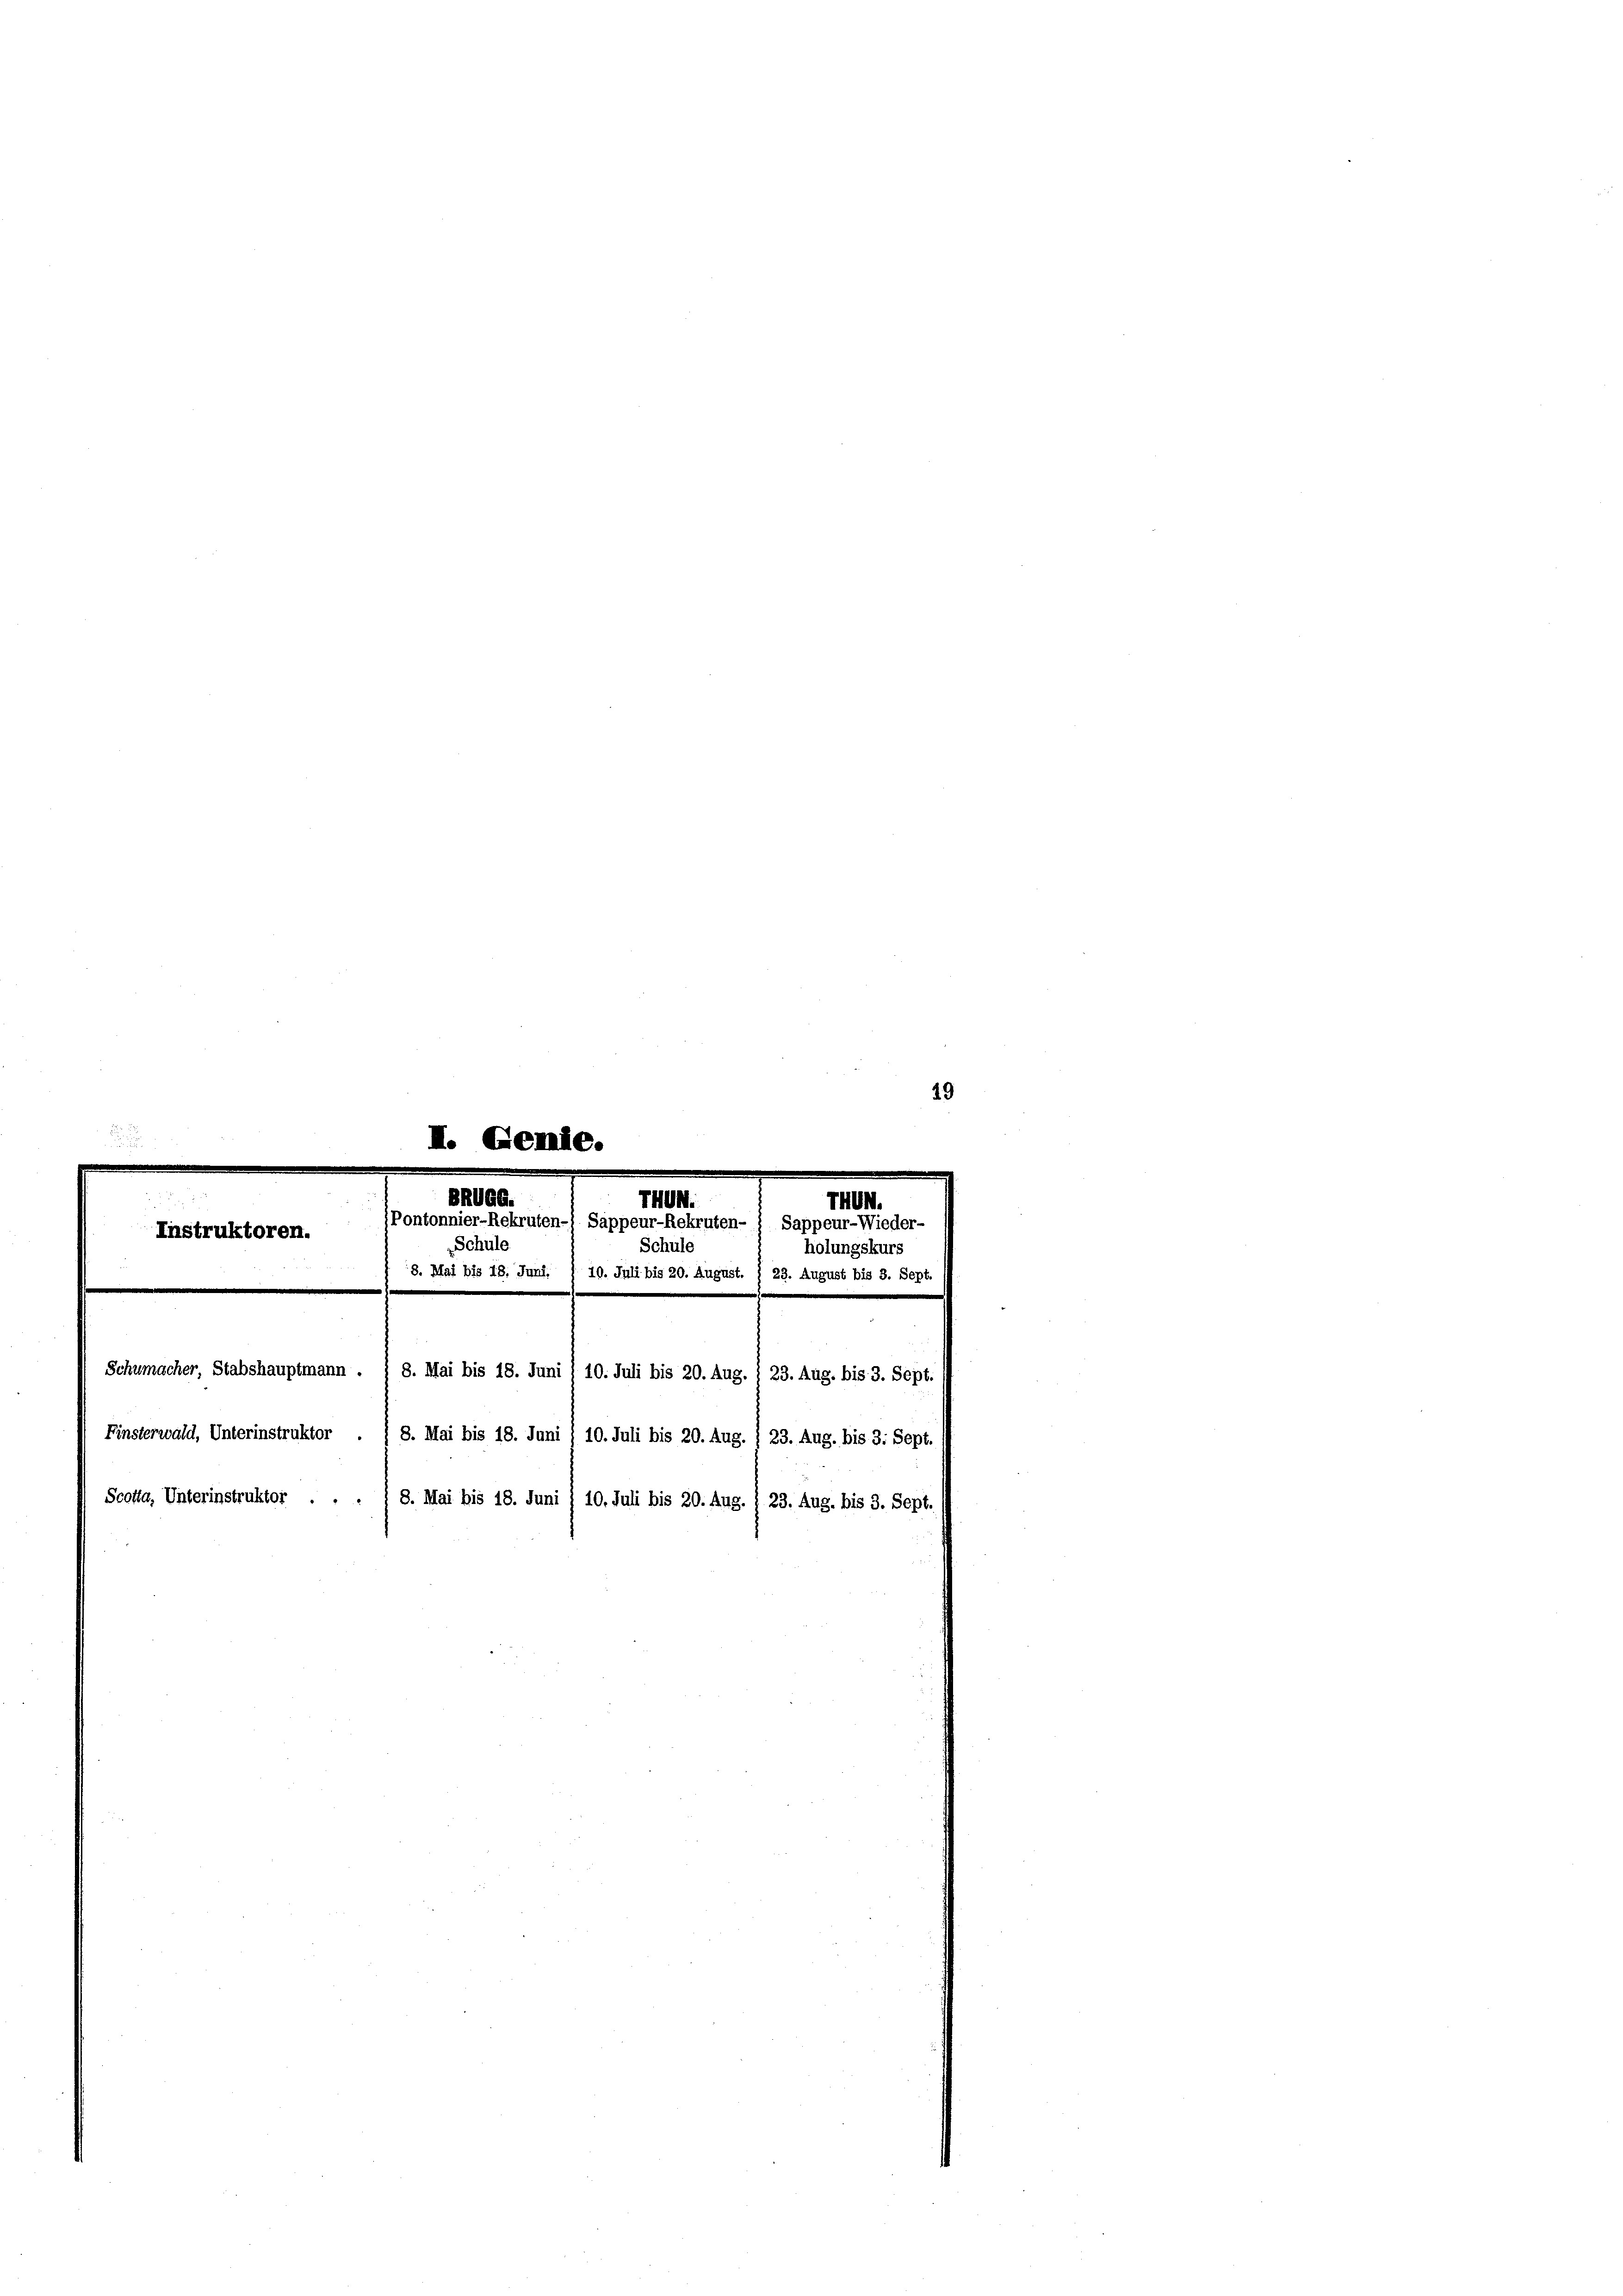
Gend

Finsterwald, Unterinstruktor . I 8. Mai bis 18. Juni § 10. Juli bis 20. Aug.
Scotta, Unterinstruktor . .
8. Mai bis 18. Juni / 10. Juli bis 20. Aug. / 23. Aug. bis 3. Sept.

8
BRUGG.
THUN
Pontonnier-Rekruten-) Sappeur-Rekruten-
9
ruktoren.
Schule
Schule
18. Mai bis 18. Juni, § 10. Juli bis 20. August.
Schumacher, Stabshauptmann . § 8. Mai bis 18. Juni / 10. Juli bis 20. Aug. § 23. Aug. bis 3. Sept.

23. Aug. bis 3. Sept.

19